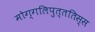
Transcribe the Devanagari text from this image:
मोग्गलिपुत्ततिस्स